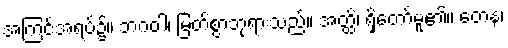
အကြင်အရပ်၌။ ဘဂဝါ၊ မြတ်စွာဘုရားသည်။ အတ္ထိ၊ ရှိတော်မူ၏။ တေန၊